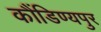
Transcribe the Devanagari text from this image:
कौंडिण्यपुर